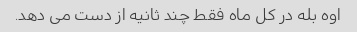
اوه بله در کل ماه فقط چند ثانیه از دست می دهد.